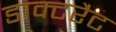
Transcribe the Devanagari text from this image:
डाक्टरैट